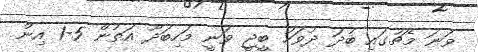
ވަނަ މެޗުގައި ބުދަ ދުވަހު ބީޖީ ވަނީ މަހިބަދޫ އަތުން 5-1 އިން